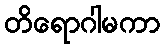
တိရောဂါမကာ